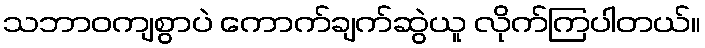
သဘာဝကျစွာပဲ ကောက်ချက်ဆွဲယူ လိုက်ကြပါတယ်။